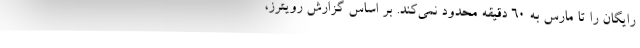
رایگان را تا مارس به ۶۰ دقیقه محدود نمی‌کند. بر اساس گزارش رویترز،